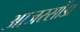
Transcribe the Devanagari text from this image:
आजरसोंडा